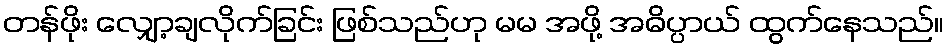
တန်ဖိုး လျှော့ချလိုက်ခြင်း ဖြစ်သည်ဟု မမ အဖို့ အဓိပ္ပာယ် ထွက်နေသည်။